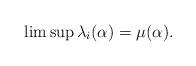
LaTeX: \begin{align*}\limsup\lambda_i(\alpha)=\mu(\alpha).\end{align*}